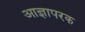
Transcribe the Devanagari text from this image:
आज्ञापरक